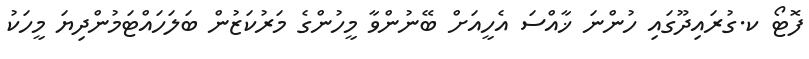
ފޮޓޯ ކ.ގުރައިދޫގައި ހުންނަ ޚާއްސަ އެހީއަށް ބޭނުންވާ މީހުންގެ މަރުކަޒުން ބަލަހައްޓަމުންދިޔަ މީހަކު